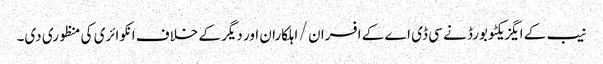
نیب کے ایگزیکٹو بورڈ نے سی ڈی اے کے افسران / اہلکاران اور دیگر کے خلاف انکوائری کی منظوری دی۔